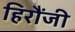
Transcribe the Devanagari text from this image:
हिरौंजी